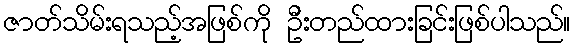
ဇာတ်သိမ်းရသည့်အဖြစ်ကို ဦးတည်ထားခြင်းဖြစ်ပါသည်။